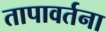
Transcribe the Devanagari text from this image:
तापावर्तना